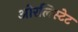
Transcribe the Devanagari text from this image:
ओरलिस्टेट